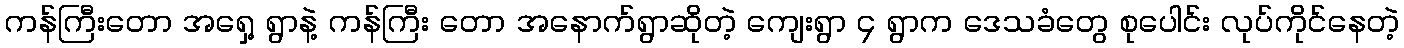
ကန်ကြီးတော အရှေ့ ရွာနဲ့ ကန်ကြီး တော အနောက်ရွာဆိုတဲ့ ကျေးရွာ ၄ ရွာက ဒေသခံတွေ စုပေါင်း လုပ်ကိုင်နေတဲ့